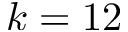
k = 1 2